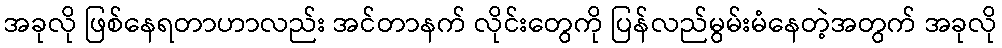
အခုလို ဖြစ်နေရတာဟာလည်း အင်တာနက် လိုင်းတွေကို ပြန်လည်မွမ်းမံနေတဲ့အတွက် အခုလို